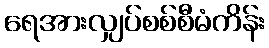
ရေအားလျှပ်စစ်စီမံကိန်း